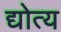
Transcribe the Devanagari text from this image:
द्योत्य